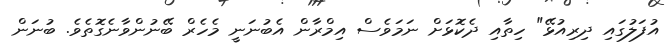
އުފަލުގައި ދިރިއުޅޭ" ހިތާއި ދެކޮޅަށް ނަމަވެސް އިމްރާން އެބުނަނީ މެހެރް ބޭނުންވާނެގޮތެވެ. ބުނަން